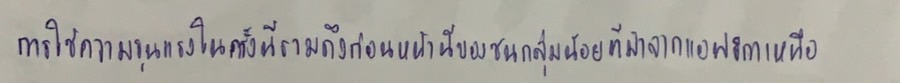
การใช้ความรุนแรงในครั้งนี้รวมถึงก่อนหน้านี้ของชนกลุ่มน้อยที่มาจากแอฟริกาเหนือ